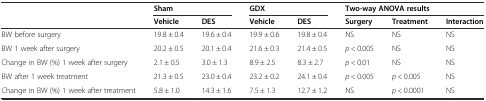
|  | <COLSPAN=2> Sham | <COLSPAN=2> GDX | <COLSPAN=3> Two-way ANOVA results |
 |  | Vehicle | DES | Vehicle | DES | Surgery | Treatment | Interaction |
 | --- | --- | --- | --- | --- | --- | --- | --- |
 | BW before surgery | 19.8 ± 0.4 | 19.6 ± 0.4 | 19.9 ± 0.6 | 19.8 ± 0.4 | NS | NS | NS |
 | BW 1 week after surgery | 20.2 ± 0.5 | 20.1 ± 0.4 | 21.6 ± 0.3 | 21.4 ± 0.5 | p < 0.005 | NS | NS |
 | Change in BW (%) 1 week after surgery | 2.1 ± 0.5 | 3.0 ± 1.3 | 8.9 ± 2.5 | 8.3 ± 2.7 | p < 0.01 | NS | NS |
 | BW after 1 week treatment | 21.3 ± 0.5 | 23.0 ± 0.4 | 23.2 ± 0.2 | 24.1 ± 0.4 | p < 0.005 | p < 0.005 | NS |
 | Change in BW (%) 1 week after treatment | 5.8 ± 1.0 | 14.3 ± 1.6 | 7.5 ± 1.3 | 12.7 ± 1.2 | NS | p < 0.0001 | NS |